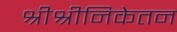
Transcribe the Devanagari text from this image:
श्रीश्रीनिकेतन